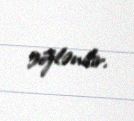
gözlənilir.